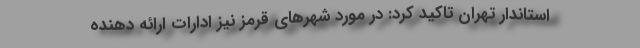
استاندار تهران تاکید کرد: در مورد شهرهای قرمز نیز ادارات ارائه دهنده